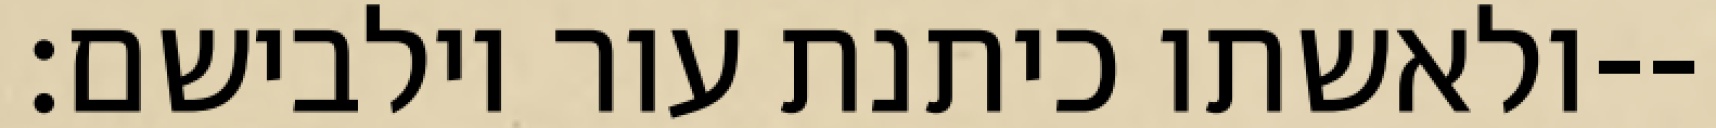
ולאשתו כיתנת עור וילבישם׃--